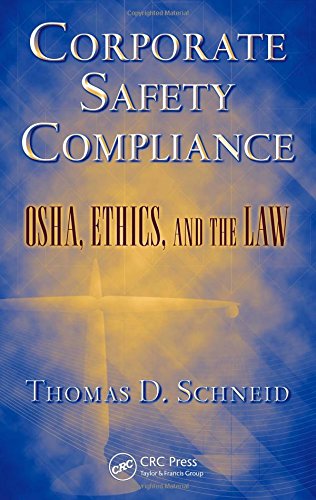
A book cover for Corporate Safety Compliance: OSHA, Ethics, and the Law (Occupational Safety & Health Guide Series); Thomas D. Schneid; Law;